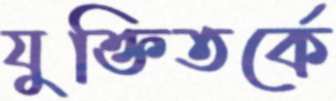
যুক্তিতর্কে